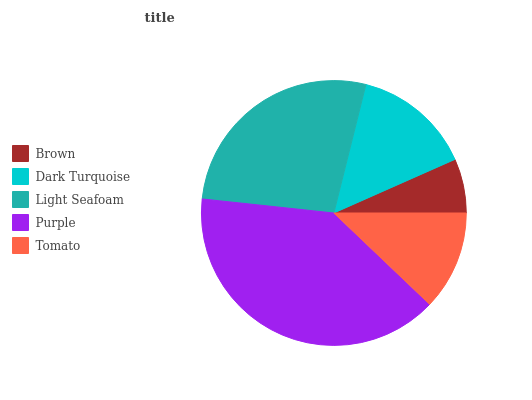
| Brown | Dark Turquoise | Light Seafoam | Purple | Tomato |
 | --- | --- | --- | --- | --- |
 | 6.63% | 14.5% | 27.2% | 39.6% | 12.1% |